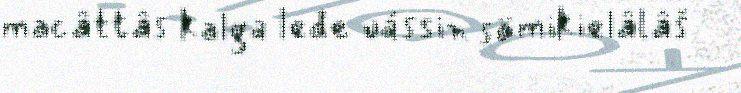
macâttâs kalga leđe uássin sämikielâlâš